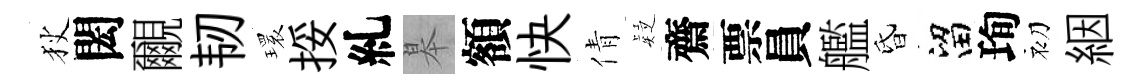
狄閎覼韧𤨔挼糺皋額快倩疑齋票員艦昏留珣初絪